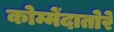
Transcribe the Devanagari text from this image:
कोम्मेंदातोरे